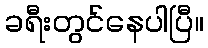
ခရီးတွင်နေပါပြီ။